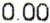
0.00